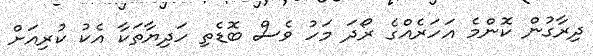
ދިރާގުން ކޮންމެ އަހަރެއްގެ ރޯދަ މަހު ވެސް ބޮޑެތި ހަދިޔާތަކާ އެކު ކުރިއަށް